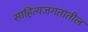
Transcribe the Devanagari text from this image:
साहित्यजगतातील